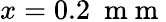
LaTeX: x=0.2~\mathrm{~m~m~}